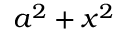
a ^ { 2 } + x ^ { 2 }